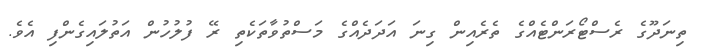
ތިނަދޫގެ ރެސްޓޯރަންޓެއްގެ ތެރެއިން ގިނަ އަދަދެއްގެ މަސްތުވާތަކެތި ރޭ ފުލުހުން އަތުލައިގެންފި އެވެ.